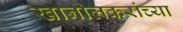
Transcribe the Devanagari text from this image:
खानोलकरांच्या